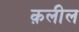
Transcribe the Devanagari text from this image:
क़लील